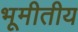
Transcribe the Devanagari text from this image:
भूमीतीय